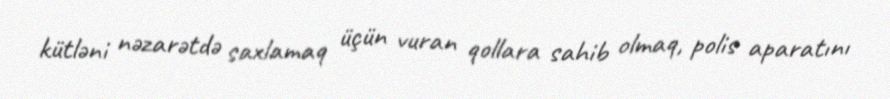
kütləni nəzarətdə saxlamaq üçün vuran qollara sahib olmaq, polis aparatını